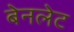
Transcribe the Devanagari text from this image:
बेनलेट